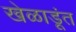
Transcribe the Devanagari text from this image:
खेळाडूंत